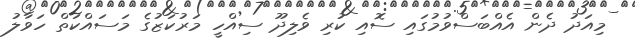
މިއަދު ދެން އެއްބަސްވުމުގައި ސޮއި ކުރި ވެލިދޫ ސިއްހީ މަރުކަޒުގެ މަސައްކަތް ހަވާލު